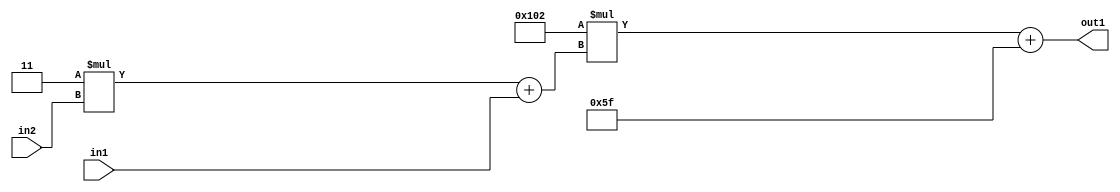
`timescale 1ps / 1ps
/*****************************************************************************
    Verilog RTL Description
    
    
    Created by: Stratus DpOpt 2019.1.01 
*******************************************************************************/

module DC_Filter_Add2i95Mul2i258Add2u1Mul2i3u2_1 (
	in2,
	in1,
	out1
	); /* architecture "behavioural" */ 
input [1:0] in2;
input  in1;
output [11:0] out1;
wire [11:0] asc001;
wire [3:0] asc002;

wire [3:0] asc002_tmp_0;
assign asc002_tmp_0 = 
	+(4'B0011 * in2);
assign asc002 = asc002_tmp_0
	+(in1);

wire [11:0] asc001_tmp_1;
assign asc001_tmp_1 = 
	+(12'B000100000010 * asc002);
assign asc001 = asc001_tmp_1
	+(12'B000001011111);

assign out1 = asc001;
endmodule

/* CADENCE  v7b4SQ4= : u9/ySgnWtBlWxVPRXgAZ4Og= ** DO NOT EDIT THIS LINE ******/